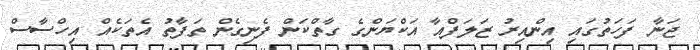
ޖަނާ ފަހަތުގައި އިންއިރު ޒަލަފްއާ އަކްޔަންގެ ގާތްކަން ފެނިގެން ތަފާތު އެތަކެއް އިހްސާސް